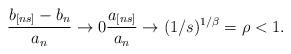
LaTeX: \begin{align*}\frac{b_{[ns]}-b_{n}}{a_{n}}\rightarrow 0\frac{a_{[ns]}}{a_{n}}\rightarrow (1/s)^{1/\beta }=\rho <1.\end{align*}